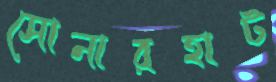
সোনারহাট